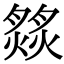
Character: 𦠹